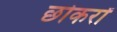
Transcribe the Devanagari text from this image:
छोकरों